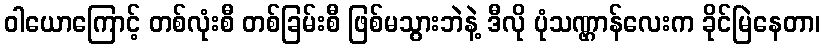
ဝါယောကြောင့် တစ်လုံးစီ တစ်ခြမ်းစီ ဖြစ်မသွားဘဲနဲ့ ဒီလို ပုံသဏ္ဌာန်လေးက ခိုင်မြဲနေတာ၊